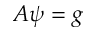
A \psi = g